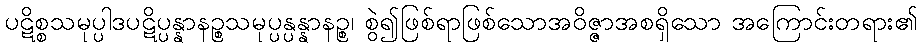
ပဋိစ္စသမုပ္ပါဒပဋိပ္ပန္နာနဉ္စသမုပ္ပန္ပန္နာနဉ္စ၊ စွဲ၍ဖြစ်ရာဖြစ်သောအဝိဇ္ဇာအစရှိသော အကြောင်းတရား၏